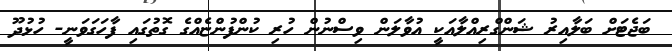
ބަޖެޓަށް ބަލާއިރު ޝަންގްރިއްލާއަކީ އުވާލަން ވިސްނުން ހުރި ކުންފުންޏެއްގެ ގޮތުގައި ފާހަގަވަނީ- ހުޅުދޫ